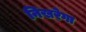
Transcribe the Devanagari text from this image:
निखरेगा